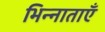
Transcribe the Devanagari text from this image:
भिन्नाताएँ